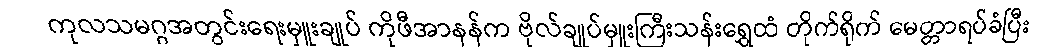
ကုလသမဂ္ဂအတွင်းရေးမှူးချုပ် ကိုဖီအာနန်က ဗိုလ်ချုပ်မှူးကြီးသန်းရွှေထံ တိုက်ရိုက် မေတ္တာရပ်ခံပြီး